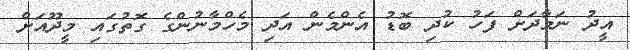
އީދު ނަމާދަށް ފަހު ކުދި ބޮޑު އެންމެން އަދި މެހްމާނުންގެ ގޮތުގައި މީދޫއަށް